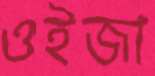
ওইজা